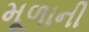
મૂળાની